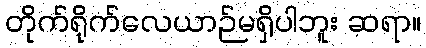
တိုက်ရိုက်လေယာဉ်မရှိပါဘူး ဆရာ။